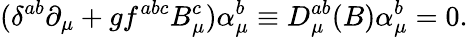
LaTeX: (\delta^{ab}\partial_{\mu}+gf^{abc}B_{\mu}^{c})\alpha_{\mu}^{b}\equiv D_{\mu}^{ab}(B)\alpha_{\mu}^{b}=0.